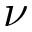
\nu